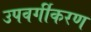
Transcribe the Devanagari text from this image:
उपवर्गीकरण